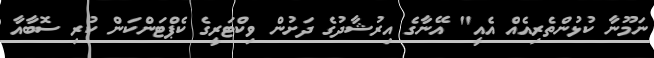
ނަމޫނާ ކުޅުންތެރިއެއް އެއީ" އޭނާގެ އިރުޝާދުގެ ދަށުން ވިކްޓަރީގެ ކެޕްޓަންކަން ކުރި ސޮބާއާ